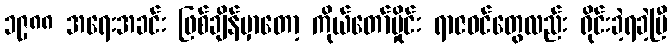
၁၉၈၈ အရေးအခင်း ဖြစ်ချိန်မှာတော့ ကိုယ်တော်မှိုင်း ရာဇဝင်တွေလည်း ရိုင်းခဲ့ရခဲ့ပြီ